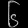
Digit: ၆